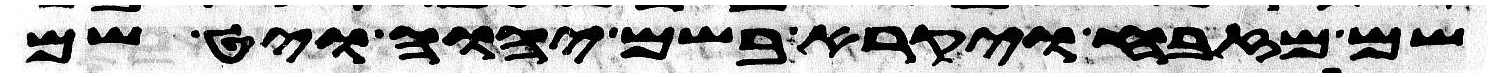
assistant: שם מזבח ויקרא בשם יהוה ויט שם